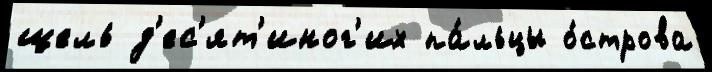
щель д'ес'ят'иног'их па́льцы о́строва